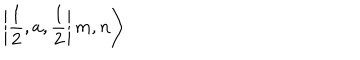
LaTeX: \left| \left. \frac { 1 } { 2 } , a , \frac { 1 } { 2 } \right| m , n \right\rangle